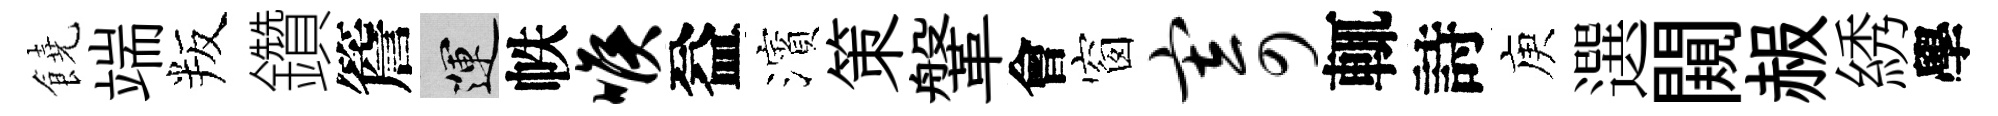
饒端叛鑽簷運帙喉益濱策鞶會窗寄輒詩庾選闚赧綉學